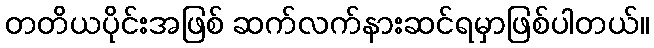
တတိယပိုင်းအဖြစ် ဆက်လက်နားဆင်ရမှာဖြစ်ပါတယ်။